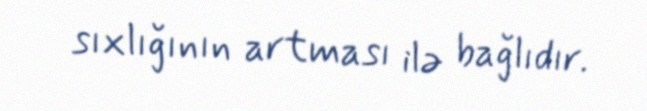
sıxlığının artması ilə bağlıdır.